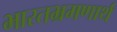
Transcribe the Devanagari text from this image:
भारतभ्रमणार्थ